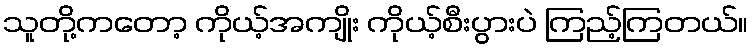
သူတို့ကတော့ ကိုယ့်အကျိုး ကိုယ့်စီးပွားပဲ ကြည့်ကြတယ်။